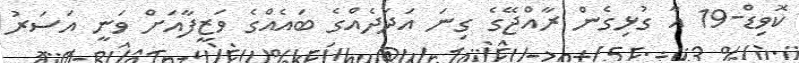
ކޮވިޑް-19 އާ ގުޅިގެން ރާއްޖޭގެ ގިނަ އަދަދެއްގެ ބައެއްގެ ވަޒީފާއަށް ވަނީ އަސަރު